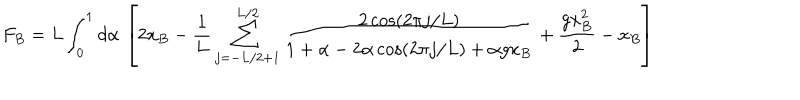
LaTeX: F _ { B } = L \int _ { 0 } ^ { 1 } d \alpha \, \left[ 2 x _ { B } - \frac { 1 } { L } \sum _ { j = - L / 2 + 1 } ^ { L / 2 } \frac { 2 \cos ( 2 \pi j / L ) } { 1 + \alpha - 2 \alpha \cos ( 2 \pi j / L ) + \alpha g x _ { B } } + \frac { g x _ { B } ^ { 2 } } { 2 } - x _ { B } \right]